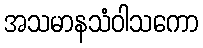
အသမာနသံဝါသကော